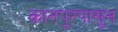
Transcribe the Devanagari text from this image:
कानपूरपासून